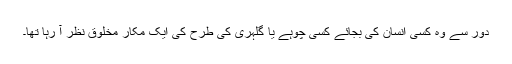
دور سے وہ کسی انسان کی بجائے کسی چوہے یا گلہری کی طرح کی ایک مکار مخلوق نظر آ رہا تھا۔